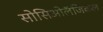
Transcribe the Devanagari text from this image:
सोसिओलॅजिकल